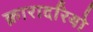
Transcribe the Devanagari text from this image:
क़ारादरियो